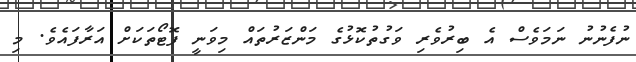
ނުފެނުނު ނަމަވެސް އެ ބިރުވެރި ވަގުތުކޮޅުގެ މަންޒަރުތައް މިވަނީ ފޮޓޯތަކަށް އަރާފައެވެ. މި